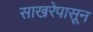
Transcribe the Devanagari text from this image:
साखरेपासून